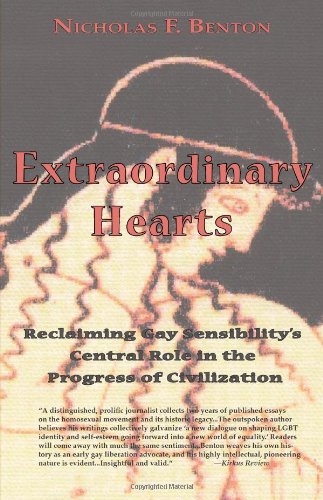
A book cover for Extraordinary Hearts: Reclaiming Gay Sensibility's Central Role in the Progress of Civilization; Nicholas F. Benton; Gay & Lesbian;